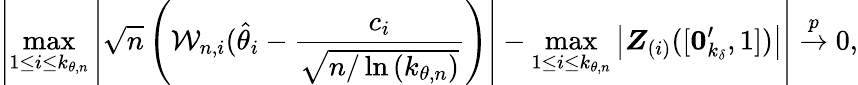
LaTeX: \left\vert\operatorname*{max}_{1\leq i\leq k_{\theta,n}}\left\vert\sqrt{n}\left(\mathcal{W}_{n,i}(\hat{\theta}_{i}-\frac{c_{i}}{\sqrt{n/\ln\left(k_{\theta,n}\right)}}\right)\right\vert-\operatorname*{max}_{1\leq i\leq k_{\theta,n}}\left\vert\boldsymbol{Z}_{(i)}([\boldsymbol{0}_{k_{\delta}}^{\prime},1])\right\vert\right\vert\overset{p}{\rightarrow}0,